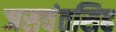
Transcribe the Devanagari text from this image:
जसवंतसिह